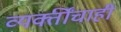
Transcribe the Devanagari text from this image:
व्यक्तींचाही